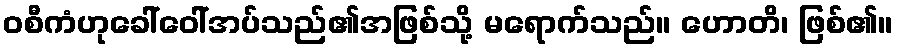
ဝစီကံဟုခေါ်ဝေါ်အပ်သည်၏အဖြစ်သို့ မရောက်သည်။ ဟောတိ၊ ဖြစ်၏။